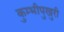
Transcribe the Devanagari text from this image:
कुम्भीपुखुरी